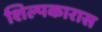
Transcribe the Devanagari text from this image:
शिल्पकारास